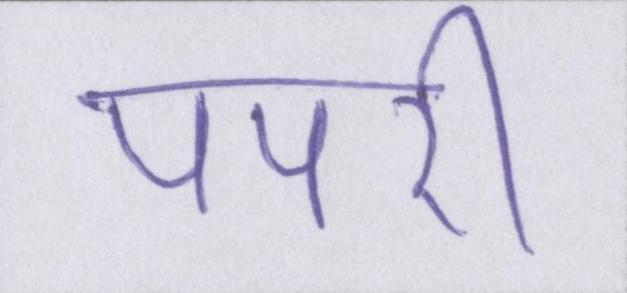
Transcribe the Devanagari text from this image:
पपरी